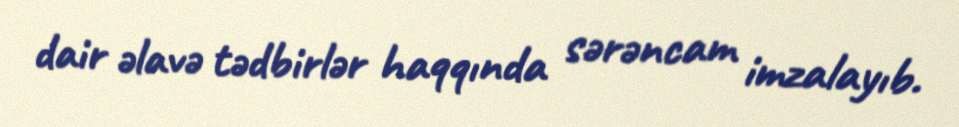
dair əlavə tədbirlər haqqında sərəncam imzalayıb.